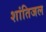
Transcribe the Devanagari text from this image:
शांतिजल